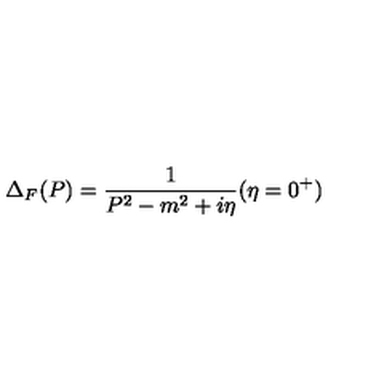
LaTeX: \Delta _ { F } ( P ) = \frac { 1 } { P ^ { 2 } - m ^ { 2 } + i \eta } ( \eta = 0 ^ { + } )